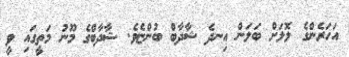
އަހަރެންގެ ލޮލަށް ބަލަން އިނދެ ޝާދާބް ބުންޏެވެ. ޝާދާބްގެ މޫނު މަތީގައި ވީ